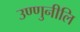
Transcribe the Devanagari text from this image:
उण्णुनीलि